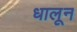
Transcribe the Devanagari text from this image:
धालून